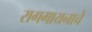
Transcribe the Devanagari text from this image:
रागगायनाचे